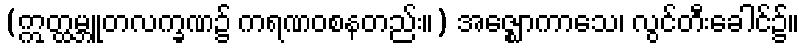
(ဣတ္ထမ္ဘူတလက္ခဏ၌ ကရဏဝစနတည်း။) အဇ္ဈောကာသေ၊ လွင်တီးခေါင်၌။